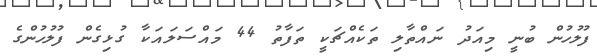
ފުލުހުން ބުނީ މިއަދު ނައްތާލި ތަކެއްޗަކީ ތަފާތު 44 މައްސަލައަކާ ގުޅިގެން ފުލުހުންގެ